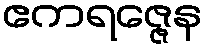
ဧကရဇ္ဇေန